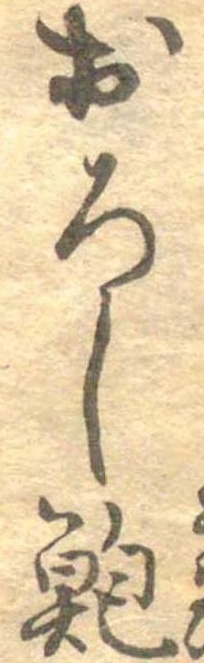
おろし鮑